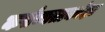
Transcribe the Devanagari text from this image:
कर्तव्यताकांक्षा